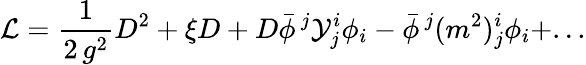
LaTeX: {\cal L}=\displaystyle{\frac{1}{2\, g^{2}}}D^{2}+\xi D+D\bar{\phi}^{\, j}{\cal Y}_{j}^{i}\phi_{i}-\bar{\phi}^{\, j}(m^{2})_{j}^{i}\phi_{i}+...